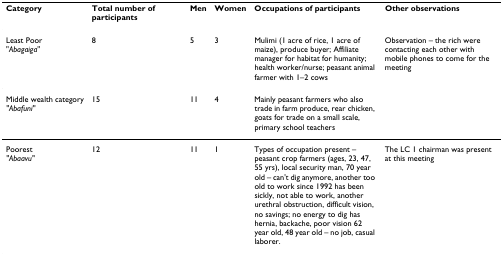
<table><thead><tr><td><b>Category</b></td><td><b>Total number of participants</b></td><td><b>Men</b></td><td><b>Women</b></td><td><b>Occupations of participants</b></td><td><b>Other observations</b></td></tr></thead><tbody><tr><td>Least Poor"<i>Abagaiga</i>"</td><td>8</td><td>5</td><td>3</td><td>Mulimi (1 acre of rice, 1 acre of maize), produce buyer; Affiliate manager for habitat for humanity; health worker/nurse; peasant animal farmer with 1–2 cows</td><td>Observation – the rich were contacting each other with mobile phones to come for the meeting</td></tr><tr><td>Middle wealth category<i>"Abafuni"</i></td><td>15</td><td>11</td><td>4</td><td>Mainly peasant farmers who also trade in farm produce, rear chicken, goats for trade on a small scale, primary school teachers</td><td>[EMPTY_CELL]</td></tr><tr><td>Poorest<i>"Abaavu"</i></td><td>12</td><td>11</td><td>1</td><td>Types of occupation present – peasant crop farmers (ages, 23, 47, 55 yrs), local security man, 70 year old – can't dig anymore, another too old to work since 1992 has been sickly, not able to work, another urethral obstruction, difficult vision, no savings; no energy to dig has hernia, backache, poor vision 62 year old, 48 year old – no job, casual laborer.</td><td>The LC 1 chairman was present at this meeting</td></tr></tbody></table>